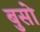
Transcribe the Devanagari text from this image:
बुसो